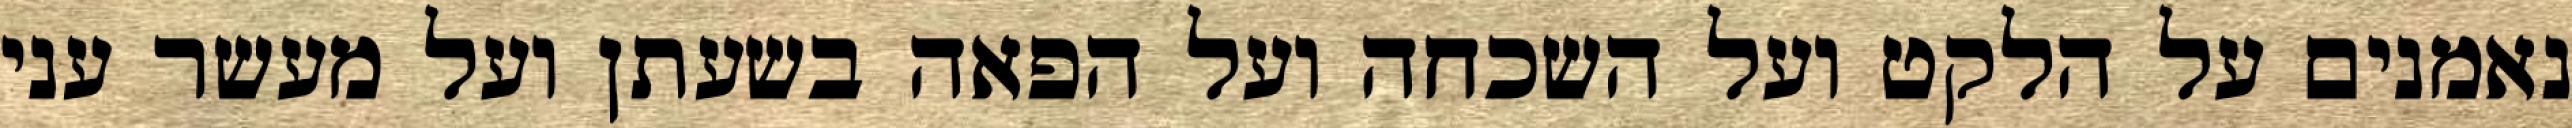
נאמנים על הלקט ועל השכחה ועל הפאה בשעתן ועל מעשר עני